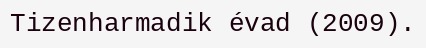
Tizenharmadik évad (2009).